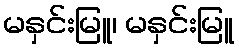
မနှင်းမြူ၊ မနှင်းမြူ